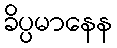
ခိပ္ပမာနေန